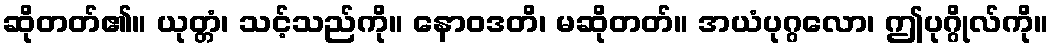
ဆိုတတ်၏။ ယုတ္တံ၊ သင့်သည်ကို။ နောဝဒတိ၊ မဆိုတတ်။ အယံပုဂ္ဂလော၊ ဤပုဂ္ဂိုလ်ကို။